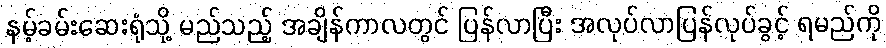
နမ့်ခမ်းဆေးရုံသို့ မည်သည့် အချိန်ကာလတွင် ပြန်လာပြီး အလုပ်လာပြန်လုပ်ခွင့် ရမည်ကို